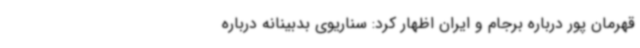
قهرمان پور درباره برجام و ایران اظهار کرد: سناریوی بدبینانه درباره